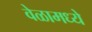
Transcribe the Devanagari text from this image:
वेळामध्ये